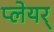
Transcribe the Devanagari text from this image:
प्लेयर्